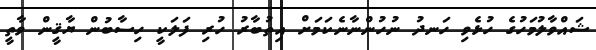
ޝައްވާލުމަހުގެ ހުޅެވި ހަނދު ނުހުންނާނެކަމަށް އިތުބާރު ހުރި ފަލަކީ ހިސާބުން ޔާޤީން ވާތީ